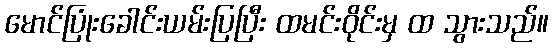
မောင်ပြုံးခေါင်းယမ်းပြပြီး ထမင်းဝိုင်းမှ ထ သွားသည်။